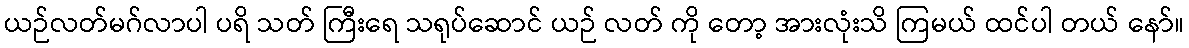
ယဉ်လတ်မဂ်လာပါ ပရိ သတ် ကြီးရေ သရုပ်ဆောင် ယဉ် လတ် ကို တော့ အားလုံးသိ ကြမယ် ထင်ပါ တယ် နော်။